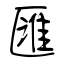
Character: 匯